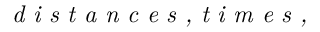
\textit { d i s t a n c e s , t i m e s , }